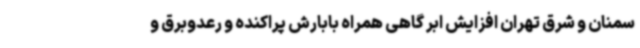
سمنان و شرق تهران افزایش ابر گاهی همراه بابارش پراکنده و رعدوبرق و